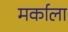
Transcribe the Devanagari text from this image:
मर्काला